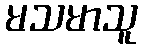
မသမာသူ